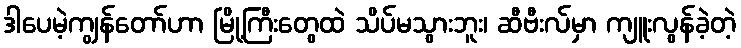
ဒါပေမဲ့ကျွန်တော်ဟာ မြို့ကြီးတွေထဲ သိပ်မသွားဘူး၊ ဆီဗီးလ်မှာ ကျူးလွန်ခဲ့တဲ့